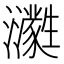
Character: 㶙